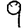
Digit: 9